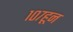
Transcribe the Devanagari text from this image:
१०७हून